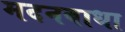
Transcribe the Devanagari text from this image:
मदनबाधा